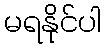
မရနိုင်ပါ